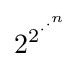
2^{2^{\cdot ^{\cdot ^{n}}}}